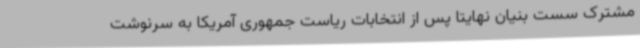
مشترک سست بنیان نهایتا پس از انتخابات ریاست جمهوری آمریکا به سرنوشت